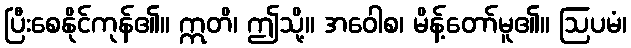
ပြီးစေနိုင်ကုန်၏။ ဣတိ၊ ဤသို့။ အဝေါစ၊ မိန့်တော်မူ၏။ ဩပမံ၊